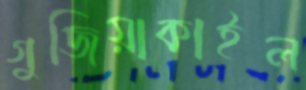
গুজিয়াকাইল